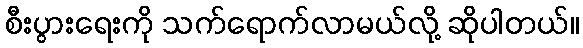
စီးပွားရေးကို သက်ရောက်လာမယ်လို့ ဆိုပါတယ်။